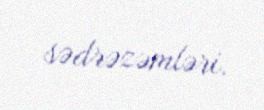
sədrəzəmləri.